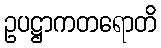
ဥပဋ္ဌာကတရောတိ